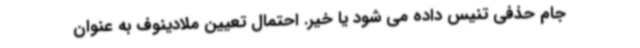
جام حذفی تنیس داده می شود یا خیر. احتمال تعیین ملادینوف به عنوان